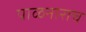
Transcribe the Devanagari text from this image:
पाळनाराच